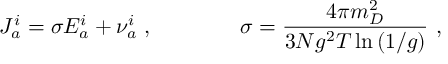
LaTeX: J _ { a } ^ { i } = \sigma E _ { a } ^ { i } + \nu _ { a } ^ { i } \ , \quad \quad \quad \quad \sigma = \frac { 4 \pi m _ { D } ^ { 2 } } { 3 N g ^ { 2 } T \ln \left( 1 / g \right) } \ ,